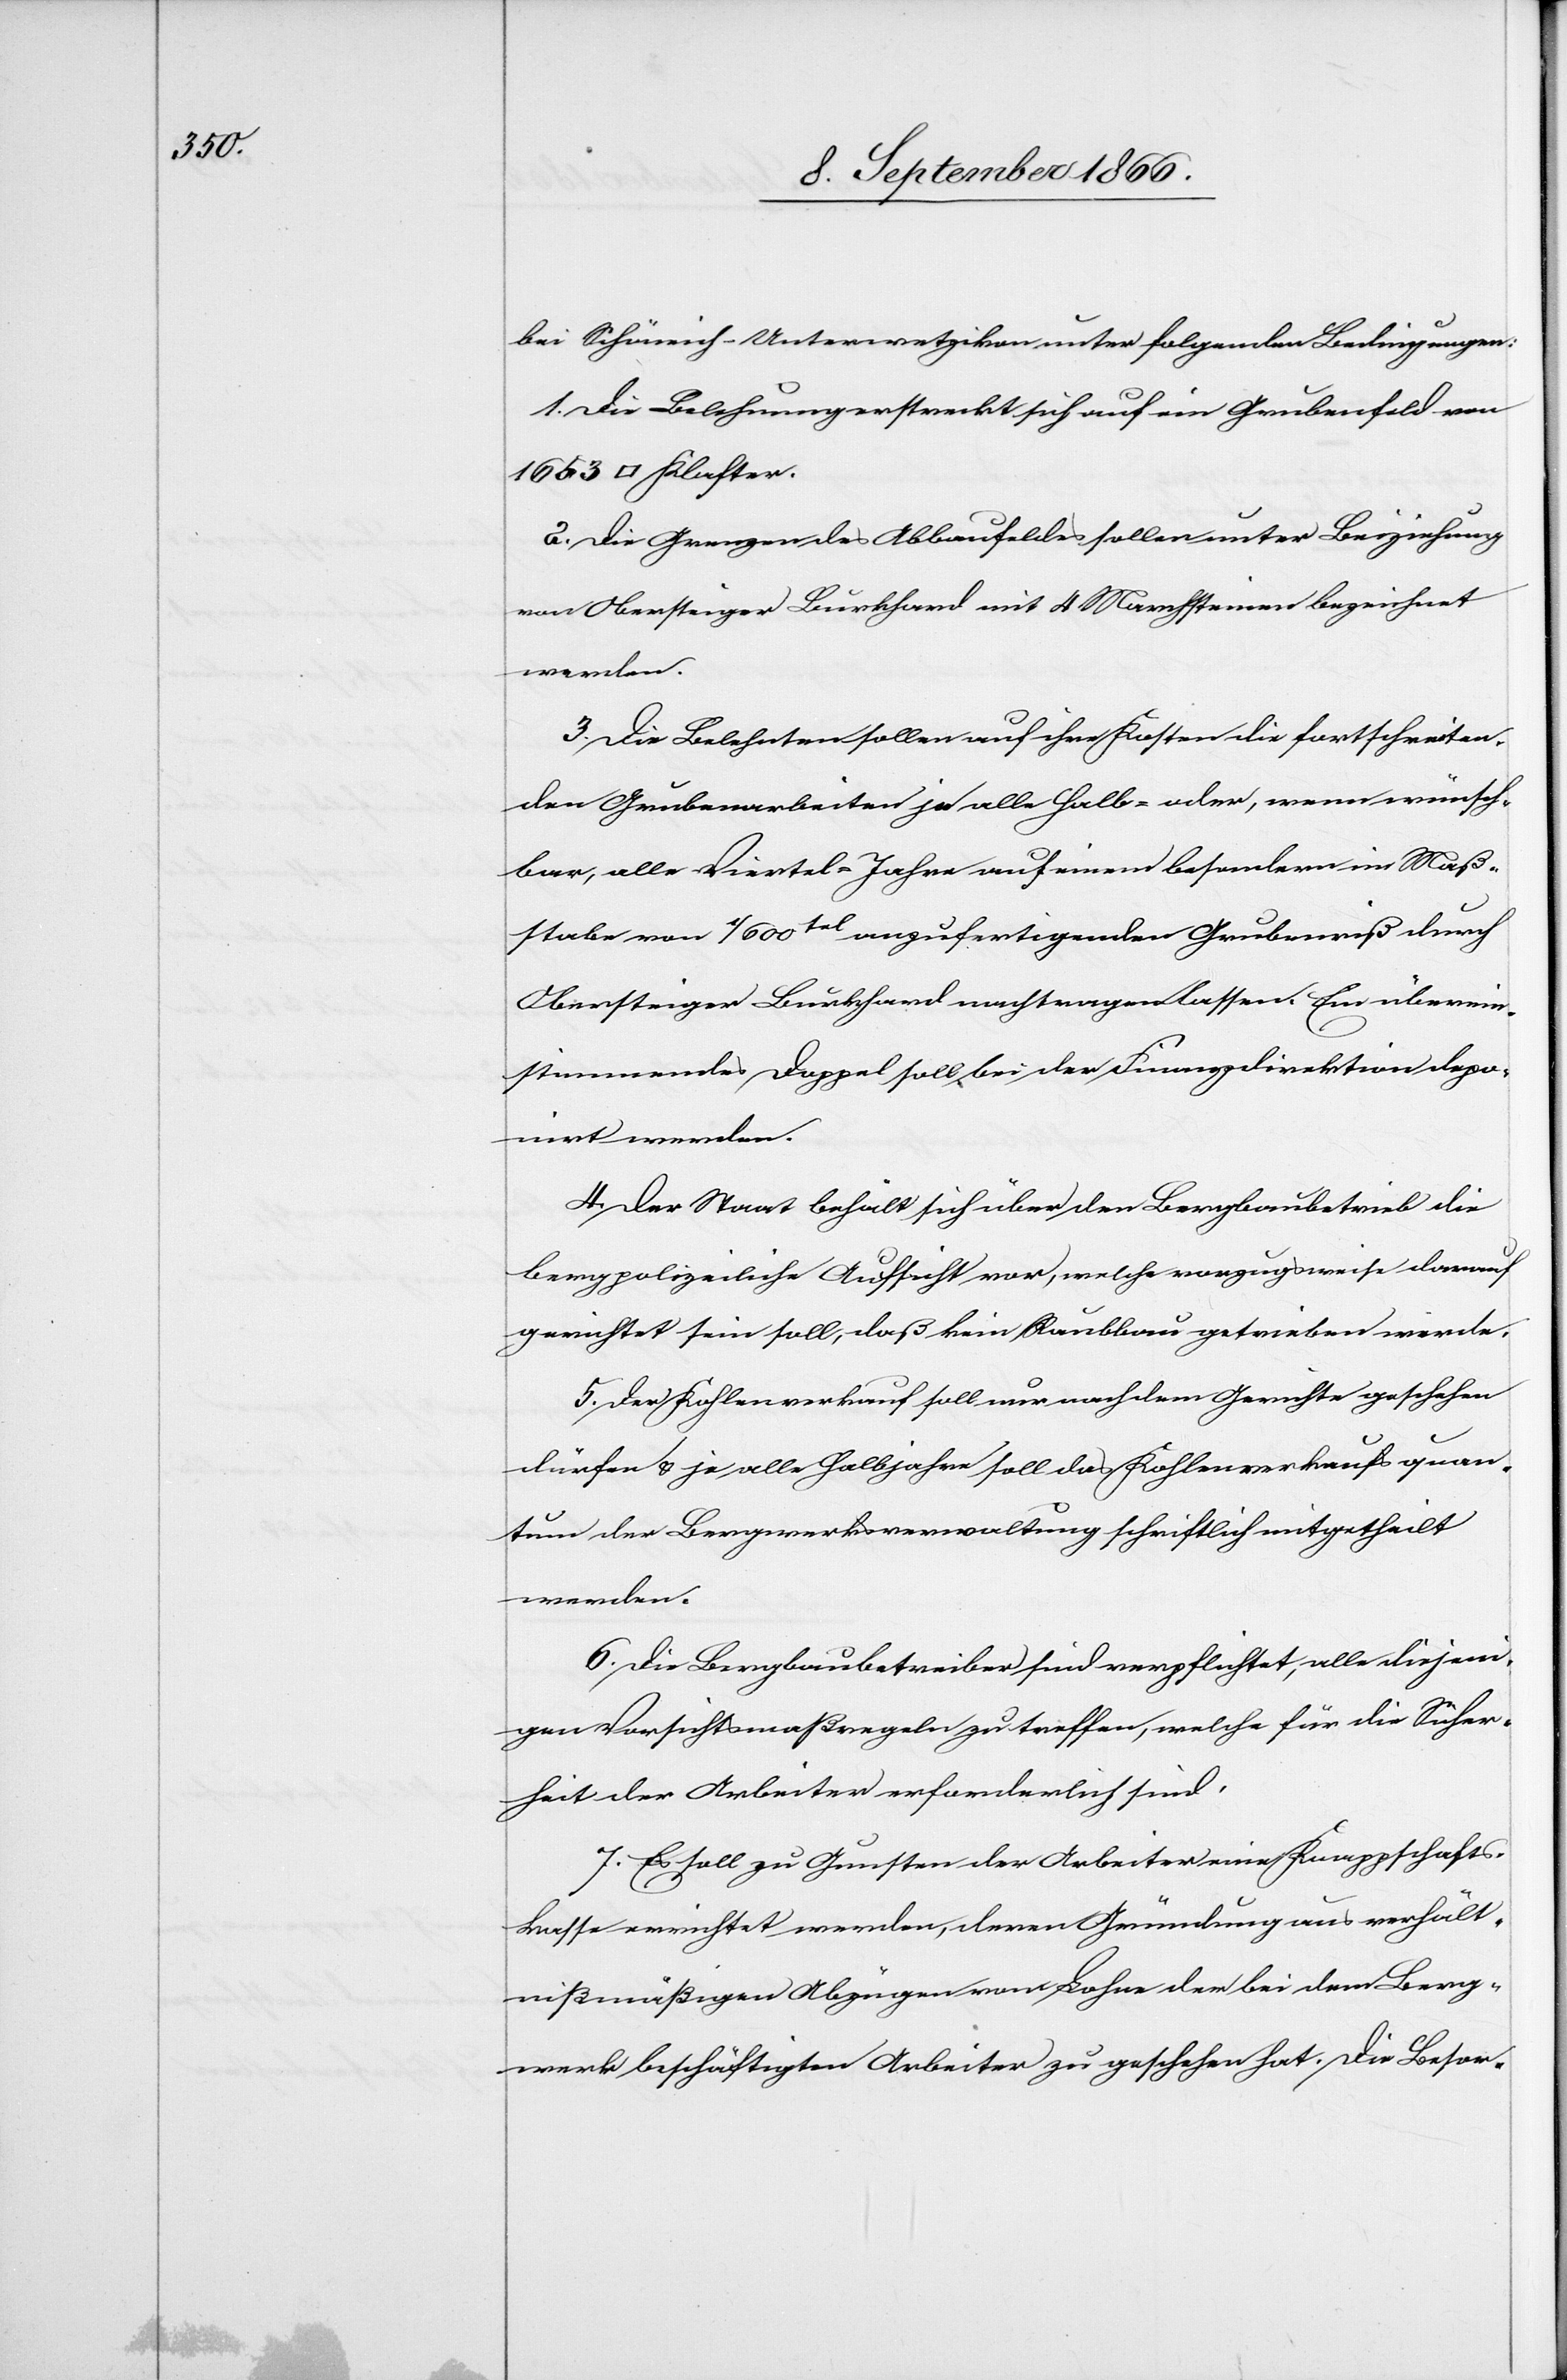
bei Schänich-Unterwetzikon unter folgenden Bedingungen:
1. Die Belehnung erstreckt sich auf ein Grubenfeld von
2. Die Grenzen des Abbaufeldes sollen unter Beiziehung
von Obersteiger Burkhard mit 4 Marchsteinen bezeichnet
werden.
3. Die Belehnten sollen auf ihren Kosten die fortschreiten¬
den Grubenarbeiten je alle Halbe oder, wenn wünsch¬
bar, alle Viertel-Jahre auf einen besondern im Maß¬
stabe von 1/500tel auszufertigenden Grubenriß durch
Obersteiger Burkhard nachtragen lassen. Ein überein¬
stimmendes Doppel soll bei der Finanzkommission depo¬
nirt werden.
4. Der Staat behält sich über den Bergbaubetrieb die
bergpolizeiliche Aufsicht vor, welche vorzugsweise darauf
gerichtet sein soll, daß kein Raubbau getrieben werde.
5. Der Kohlenverkauf soll nur nach dem Gewichte geschehen
dürfen u. je alle Halbjahre soll das Kohlenverkaufsquan¬
tum der Bergwerksverwaltung schriftlich mitgetheilt
werden.
6. Die Bergbaubetreiber sind verpflichtet, alle diejeni¬
gen Vorsichtsmaßregeln zu treffen, welche für die Sicher¬
heit der Arbeiter erforderlich sind.
7. Es soll zu Gunsten der Arbeiter eine Knappschafts¬
kasse errichtet werden, deren Gründung aus verhält¬
nißmäßigen Abzügen vom Lohne der bei dem Berg¬
werk beschäftigten Arbeiter zu geschehen hat. Die Besor-